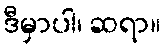
ဒီမှာပါ၊ ဆရာ။